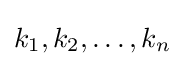
k_{1},k_{2},\dots ,k_{n}